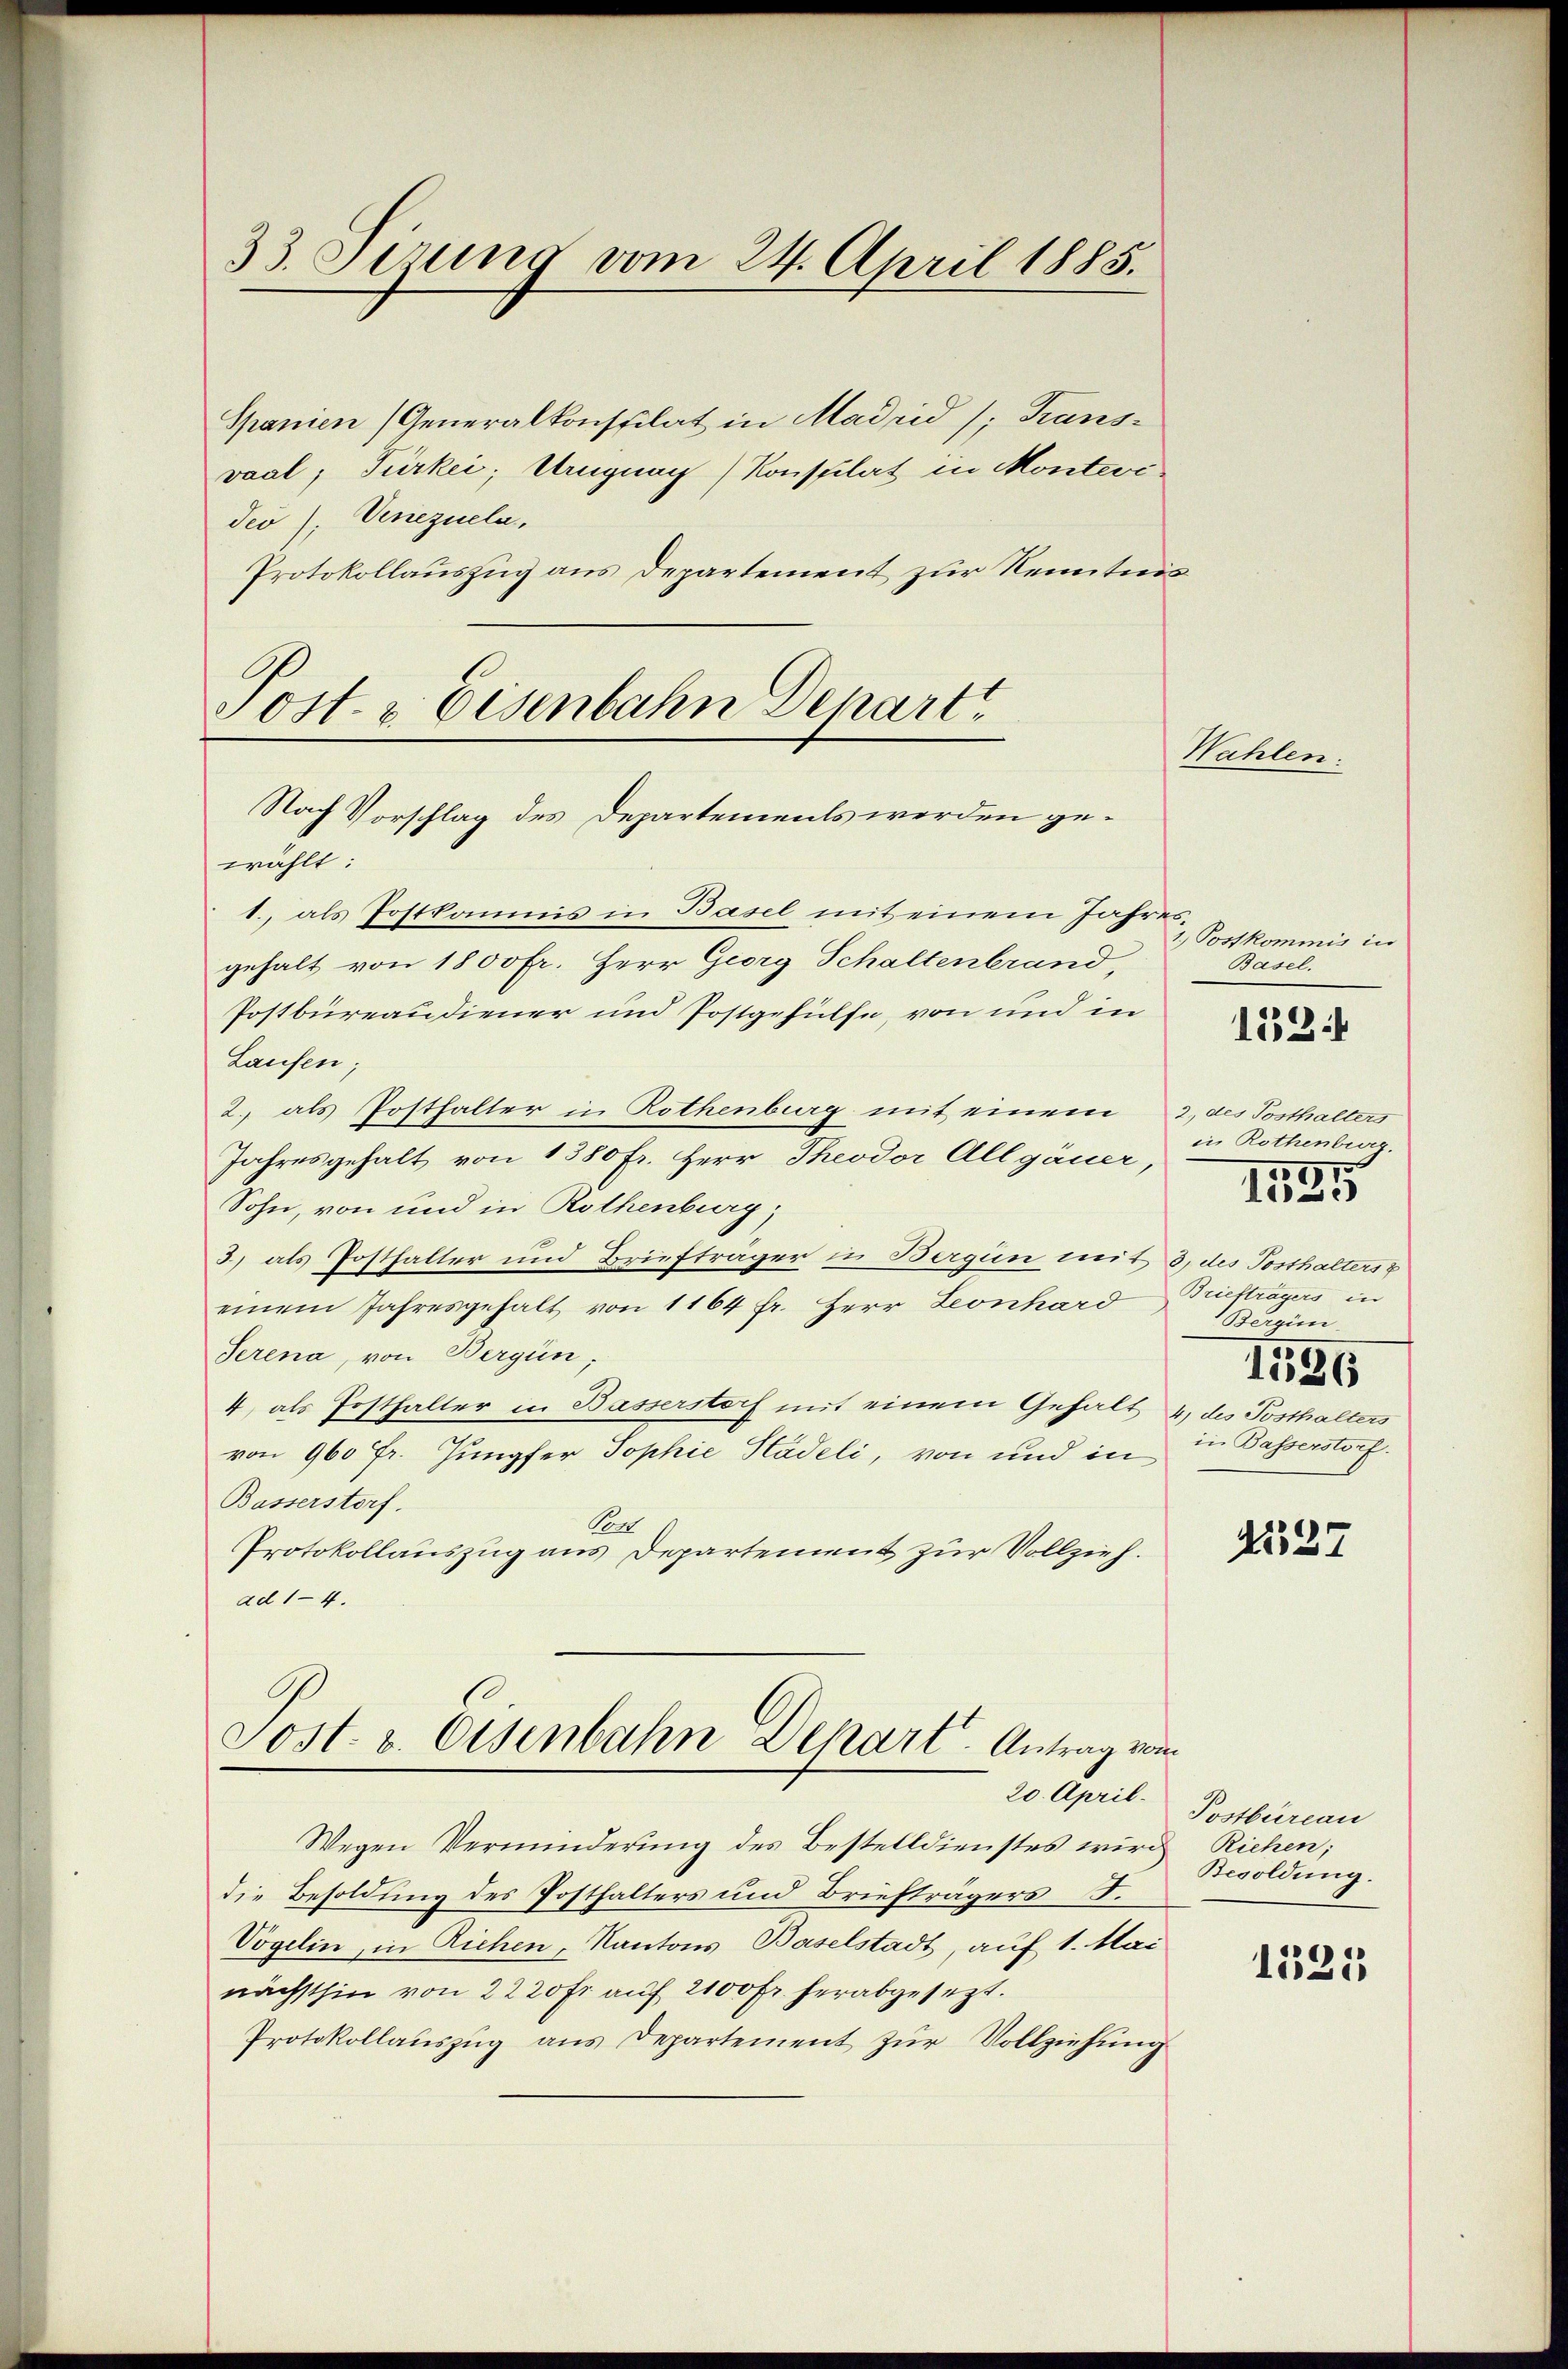
33. Stund vom 24. April 1885.

Spanien (Generalkonstilat in Madrid /: Transvaal; Türkei; Uruguag Konstilat in Montevi-
Jeo): Venezuela,
Protokollauszug aus Departement zur Kenntnis

Tost- & Eisenbahn Depart
Nach Vorschlag des Departements werden ge¬

Sost. v. Osenbahn Depart. Antrag vom
20. April.

wählt:
1., als Postkommis in Basel mit einem Jahresgehalt von 1800 Fr. Herr Giorg Schaltenbrand,
Postbüreaudiener und Postgehülfe, von und in
Laufen;
2. als Posthalter in Rothenburg mit einem 2., des Posthalters
Jahresgehalt von 1380 Fr. Herr Theodor Allgäuer,
Sohn, von und in Rothenburg,
3) als Posthalter und Briefträger in Bergün mit 3, des Posthalters z
einem Jahresgehalt von 1164 fr. Herr Leonhard Briefträgers in
Serena, von Bergün,
4) als Posthalter in Basserstoch mit einem Gehalt 4, des Posthalters
von 960 Fr. Jungfer Sophie Stadeli, von und in
Basserstorf.
Cen
Protokollauszug aus Departement zur Vollzieh.
ad 1-4.

Wegen Verminderung des Bestelldienstes wird
die Besoldung des Posthalters und Briefträgers S.
Vögelin, in Richen, Kantons Baselstadt, auf 1. Mai
nächsthin von 2220 fr auf 2100 Fr. herabgesetzt.
Protokollaŭszŭg ans Departement zŭr Vollziehŭng

Wahlen.

Postkommis in
Basel.

132

in Rothenberg.

1595

Bergie
1596
in Basserstorf.

41537

Postbüreau
Riehen;
Besoldung.

1525